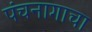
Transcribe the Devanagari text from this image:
पंचनागाचा